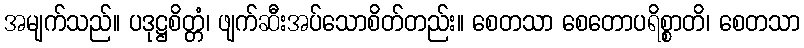
အမျက်သည်။ ပဒုဋ္ဌစိတ္တံ၊ ဖျက်ဆီးအပ်သောစိတ်တည်း။ စေတသာ စေတောပရိစ္စာတိ၊ စေတသာ